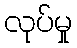
လုပ်မှု